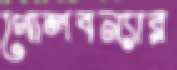
গোলবন্যার